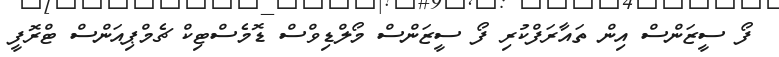
ފޯ ސީޒަންސް އިން ތައާރަފްކުރި ފޯ ސީޒަންސް މޯލްޑިވްސް ޑޮމެސްޓިކް ޗެމްޕިއަންސް ޓްރޮފީ